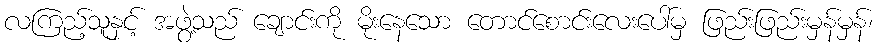
လကြည့်သူနှင့် အဖွဲ့သည် ချောင်းကို မိုးနေသော တောင်စောင်းလေးပေါ်မှ ဖြည်းဖြည်းမှန်မှန်၊